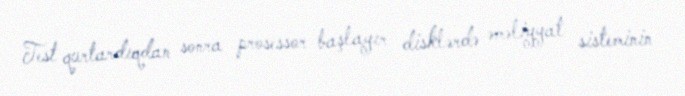
Test qurtardıqdan sonra prosessor başlayır disklərdə əməliyyat sisteminin